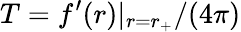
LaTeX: T=f^{\prime}(r)|_{r=r_{+}}/(4\pi)